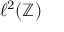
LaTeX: \ell ^ { 2 } ( \mathbb { Z } )